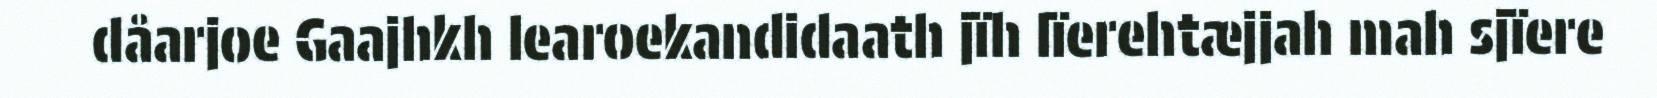
dåarjoe Gaajhkh learoekandidaath jïh lïerehtæjjah mah sjïere